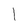
Character: 1